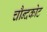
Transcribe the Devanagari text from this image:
चौन्दकोट